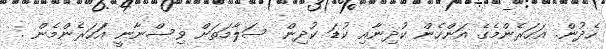
ހެދުން. އަހަރެންމެގެ އަންހެން ކުދިނާއި ކުޑަ ކުދިން ސަލާމަތަށް ވިސްނާނީ އަަހަރެންމެން .